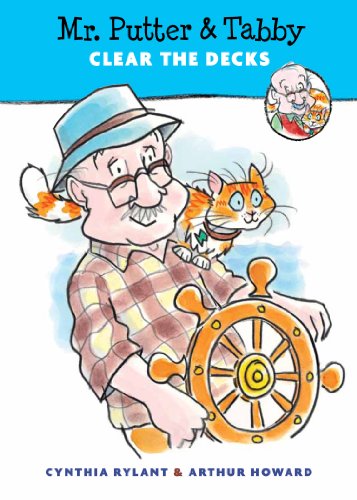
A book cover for Mr. Putter & Tabby Clear the Decks; Cynthia Rylant; Children's Books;